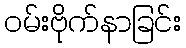
ဝမ်းဗိုက်နာခြင်း